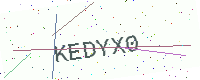
Text: KEDYX0